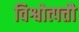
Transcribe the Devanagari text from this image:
विश्वोत्पत्तौ